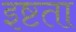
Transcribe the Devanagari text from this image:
इष्टता